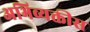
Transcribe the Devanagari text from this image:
अभिव्यक्तीस